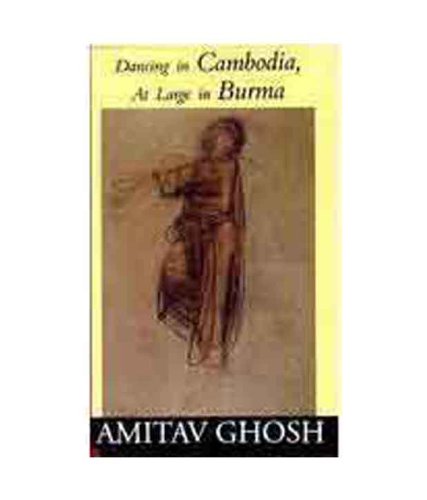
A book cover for Dancing In Cambodia At Large In Burma; Amitav Ghosh; Travel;